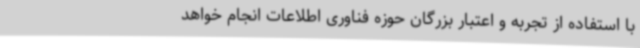
با استفاده از تجربه و اعتبار بزرگان حوزه فناوری اطلاعات انجام خواهد